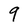
Character: 9